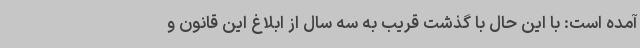
آمده است: با این حال با گذشت قریب به سه سال از ابلاغ این قانون و